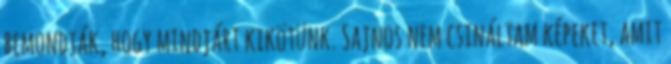
bemondták, hogy mindjárt kikötünk. Sajnos nem csináltam képeket, amit